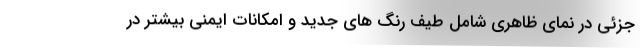
جزئی در نمای ظاهری شامل طیف رنگ های جدید و امکانات ایمنی بیشتر در